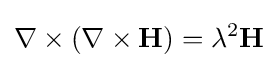
\nabla \times (\nabla \times \mathbf {H} )=\lambda ^{2}\mathbf {H}